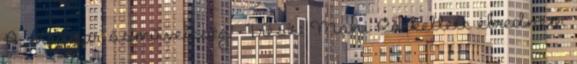
A magyar ősműveltség - 1.rész: Mani Rá kellett ébrednem